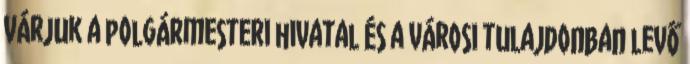
várjuk a polgármesteri hivatal és a városi tulajdonban levő